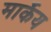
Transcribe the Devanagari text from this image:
मार्केय